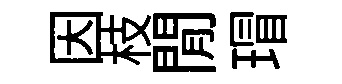
因枝閒瑁